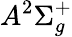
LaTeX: A^{2}\Sigma_{g}^{+}